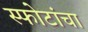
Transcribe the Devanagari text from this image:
स्फोटांचा